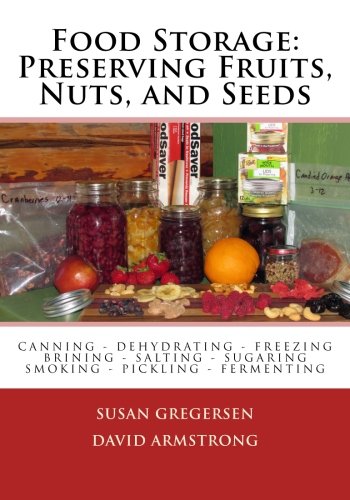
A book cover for Food Storage: Preserving Fruits, Nuts, and Seeds; Susan Gregersen; Cookbooks, Food & Wine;